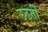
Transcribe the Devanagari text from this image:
उठतीं